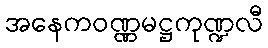
အနေကဝဏ္ဏမဋ္ဌကုဏ္ဍလီ